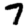
Digit: 7